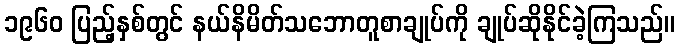
၁၉၆၀ ပြည့်နှစ်တွင် နယ်နိမိတ်သဘောတူစာချုပ်ကို ချုပ်ဆိုနိုင်ခဲ့ကြသည်။